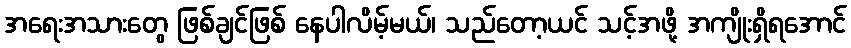
အရေးအသားတွေ ဖြစ်ချင်ဖြစ် နေပါလိမ့်မယ်၊ သည်တော့ယင် သင့်အဖို့ အကျိုးရှိရအောင်